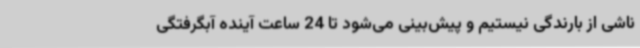
ناشی از بارندگی نیستیم و پیش‌بینی می‌شود تا 24 ساعت آینده آبگرفتگی